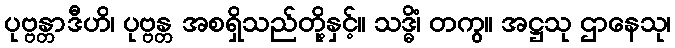
ပုဗ္ဗန္တာဒီဟိ၊ ပုဗ္ဗန္တ အစရှိသည်တို့နှင့်။ သဒ္ဓိံ၊ တကွ။ အဋ္ဌသု ဌာနေသု၊